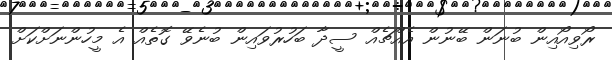
ރޯވިއޯއިން ބުނަން ބޭނުން އެއްޗެއް ސީދާ ބަހުރުވައިން ބުނެވޭ ގޮތެއް އެ މީހުންނަށްކަށް